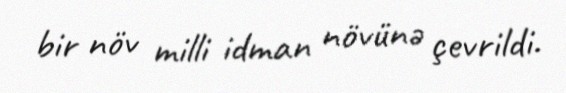
bir növ milli idman növünə çevrildi.